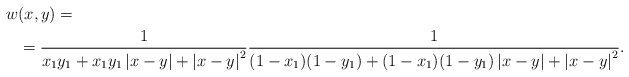
\begin{align*}w&(x,y)=\\&=\frac{1}{x_1y_1+x_1y_1\left|x-y\right|+\left|x-y\right|^2}\frac{1}{(1-x_1)(1-y_1)+(1-x_1)(1-y_1)\left|x-y\right|+\left|x-y\right|^2}.\end{align*}